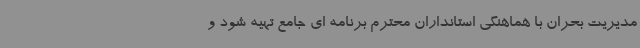
مدیریت بحران با هماهنگی استانداران محترم برنامه ای جامع تهیه شود و